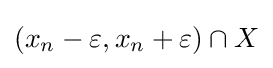
\left(x_{n}-\varepsilon ,x_{n}+\varepsilon \right)\cap X